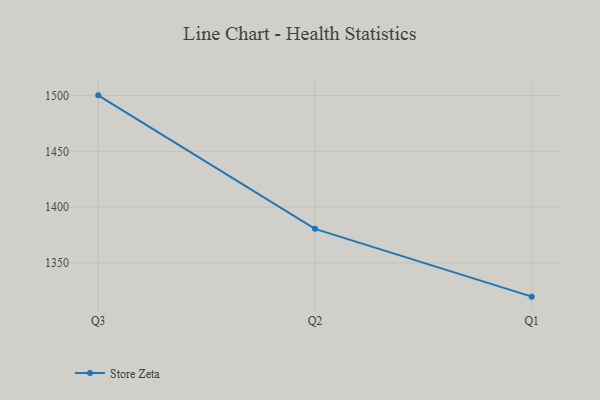
{"axis": {"x": "Quarter", "y": "Humidity (%)"}, "legend": ["Store Zeta"], "data": [{"x": "Q3", "y": 1500.2, "type": "Store Zeta"}, {"x": "Q2", "y": 1380.5, "type": "Store Zeta"}, {"x": "Q1", "y": 1319.7, "type": "Store Zeta"}]}